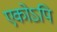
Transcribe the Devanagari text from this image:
एकोऽपि